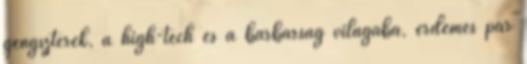
gengszterek, a high-tech és a barbárság világába, érdemes pár